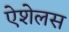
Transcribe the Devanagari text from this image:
ऐशेलस